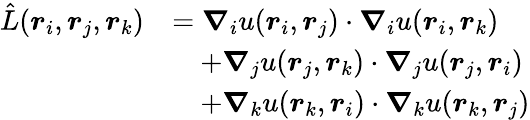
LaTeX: \begin{array}{rl}{\hat{L}(\boldsymbol{r}_{i},\boldsymbol{r}_{j},\boldsymbol{r}_{k})}&{=\boldsymbol{\nabla}_{i}u(\boldsymbol{r}_{i},\boldsymbol{r}_{j})\cdot\boldsymbol{\nabla}_{i}u(\boldsymbol{r}_{i},\boldsymbol{r}_{k})}\\ &{\quad+\boldsymbol{\nabla}_{j}u(\boldsymbol{r}_{j},\boldsymbol{r}_{k})\cdot\boldsymbol{\nabla}_{j}u(\boldsymbol{r}_{j},\boldsymbol{r}_{i})}\\ &{\quad+\boldsymbol{\nabla}_{k}u(\boldsymbol{r}_{k},\boldsymbol{r}_{i})\cdot\boldsymbol{\nabla}_{k}u(\boldsymbol{r}_{k},\boldsymbol{r}_{j})}\end{array}